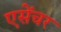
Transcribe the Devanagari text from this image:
एसेंचर